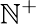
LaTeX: \mathbb{N}^{+}